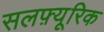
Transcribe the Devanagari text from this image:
सलफ़्यूरिक